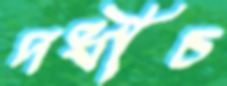
দধীচ